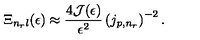
\Xi _ { n _ { r } l } ( \epsilon ) \approx \frac { 4 { \mathcal J } ( \epsilon ) } { \epsilon ^ { 2 } } \left( j _ { p , n _ { r } } \right) ^ { - 2 } .